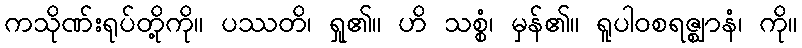
ကသိုဏ်းရုပ်တို့ကို။ ပဿတိ၊ ရှု၏။ ဟိ သစ္စံ၊ မှန်၏။ ရူပါဝစရဇ္ဈာနံ၊ ကို။